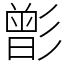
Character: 㣒